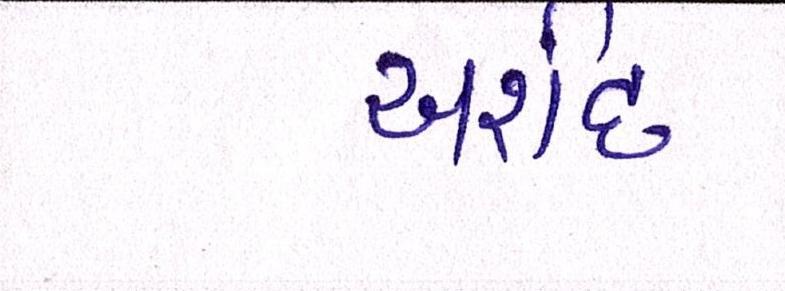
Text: અર્શદ